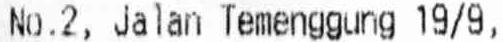
NO.2, JALAN TEMENGGUNG 19/9,